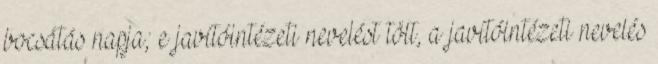
bocsátás napja; e javítóintézeti nevelést tölt, a javítóintézeti nevelés